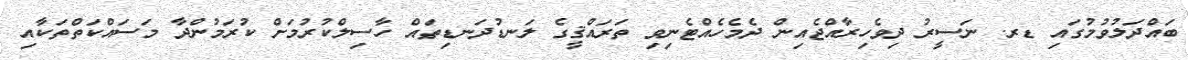
ބައްދަލުވުމުގައި ޑރ. ނަސީރު ދިވެހިރާއްޖެއިން ދެމެހެއްޓެނިވި ތަރައްޤީގެ ލަނޑުދަނޑިތައް ހާސިލްކުރުމަށް ކުރަމުންދާ މަސައްކަތްތަކާއި